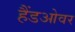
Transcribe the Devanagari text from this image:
हैंडओवर